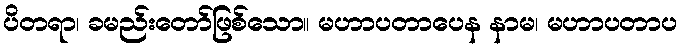
ပိတရာ၊ ခမည်းတော်ဖြစ်သော။ မဟာပတာပေန နာမ၊ မဟာပတာပ